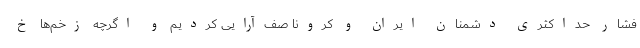
فشار حداکثری دشمنان ایران و کرونا صف‌آرایی کردیم و اگرچه زخم‌ها خ